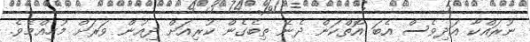
ނުރައްކާ އަދިވެސް އެބަ އޮތްކަން ދެނެ ތިބެގެން ކުރިއަށް ދިއުން ވަރަށް މުހިއްމެވެ.